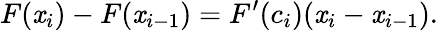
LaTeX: F(\mathit{x}_{i})-F(\mathit{x}_{i-1})=F^{\prime}(c_{i})(\mathit{x}_{i}-\mathit{x}_{i-1}).